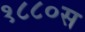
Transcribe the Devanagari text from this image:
१८८०स